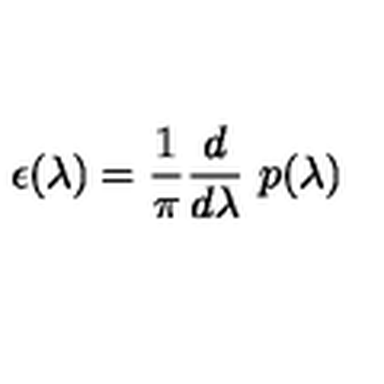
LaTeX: \epsilon ( \lambda ) = { \frac { 1 } { \pi } } { \frac { d } { d \lambda } } \ p ( \lambda )